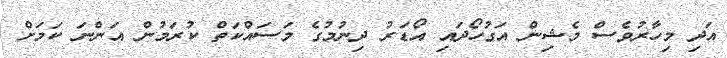
އަދި މިހާރުވެސް މެޝިން އަގުހޯދައި އޯޑަރު ދިނުމުގެ މަސައްކަތް ކުރަމުން އަންނަ ކަމަށް